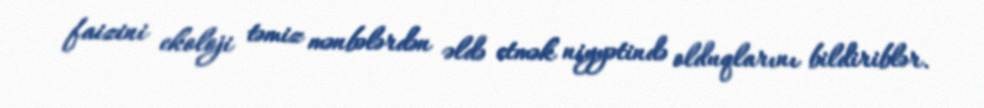
faizini ekoloji təmiz mənbələrdən əldə etmək niyyətində olduqlarını bildiriblər.